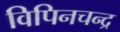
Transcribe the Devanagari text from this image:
विपिनचन्द्र